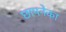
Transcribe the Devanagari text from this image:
छापनेका